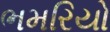
ભમરિયો